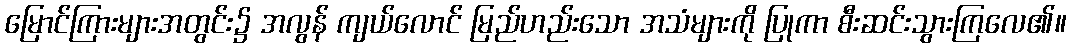
မြောင်ကြားများအတွင်း၌ အလွန် ကျယ်လောင် မြည်ဟည်းသော အသံများကို ပြုကာ စီးဆင်းသွားကြလေ၏။